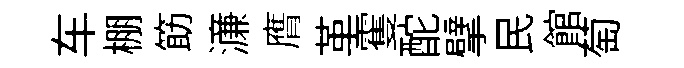
车棚筯濓膺革䨥酡擘民館萄